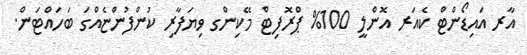
އާރ އައިޑޯންޓް ކެއަރ އޮންލީ 100% ޕްރޮފިޓް މޭކިންގ ވިޔަފާރި ކުންފުންޏެއްގަ ބަހައްޓަން.